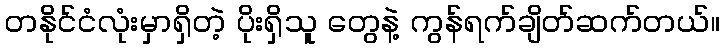
တနိုင်ငံလုံးမှာရှိတဲ့ ပိုးရှိသူ တွေနဲ့ ကွန်ရက်ချိတ်ဆက်တယ်။